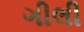
ગીલી